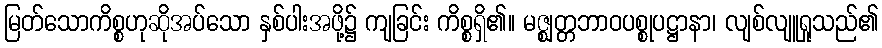
မြတ်သောကိစ္စဟုဆိုအပ်သော နှစ်ပါးအဖို့၌ ကျခြင်း ကိစ္စရှိ၏။ မဇ္ဈတ္တဘာဝပစ္စုပဋ္ဌာနာ၊ လျစ်လျူရှုသည်၏